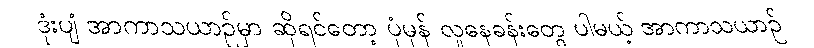
ဒုံးပျံ အာကာသယာဉ်မှာ ဆိုရင်တော့ ပုံမှန် လူနေခန်းတွေ ပါမယ့် အာကာသယာဉ်